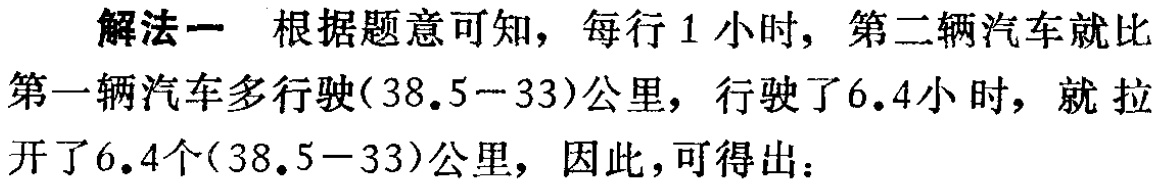
解法一 根据题意可知，每行1小时，第二辆汽车就比第一辆汽车多行驶(38.5−33)公里，行驶了6.4小时，就拉开了6.4个(38.5−33)公里，因此，可得出：